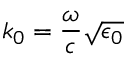
k _ { 0 } = \frac { \omega } { c } \sqrt { \epsilon _ { 0 } }